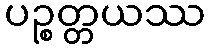
ပဉ္စတ္တယဿ